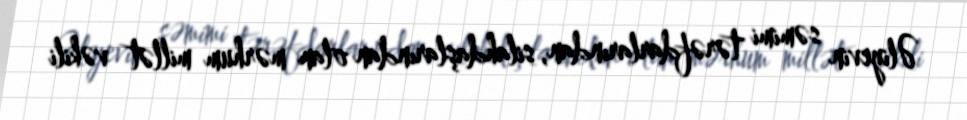
Əliyevin səmimi tərəfdarlarından, silahdaşlarından olan mərhum millət vəkili